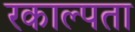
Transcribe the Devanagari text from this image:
रकाल्पता